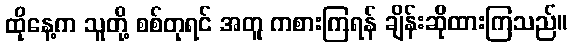
ထိုနေ့က သူတို့ စစ်တုရင် အတူ ကစားကြရန် ချိန်းဆိုထားကြသည်။